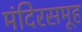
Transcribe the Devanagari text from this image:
मंदिरसमूह